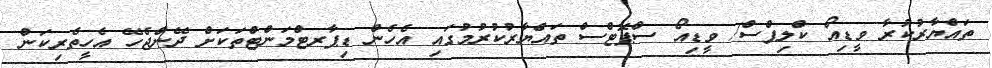
ތައްޔާރުކުރާ ވީޑިއޯ ކްލިޕްސް/ ވީޑިއޯ ސްޕޮޓްސް ތައްޔާރުކުރުމުގައި އެހެން ޑިޕާރޓްމަންޓްތަކަށް ދޭންޖެހޭ އެހީތެރިކަން